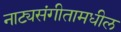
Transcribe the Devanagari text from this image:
नाट्यसंगीतामधील